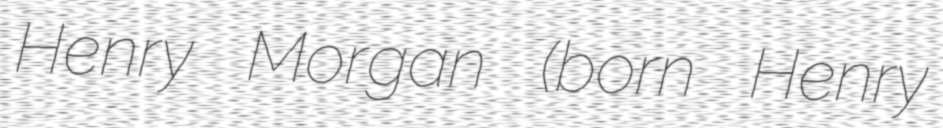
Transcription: Henry Morgan (born Henry